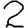
Digit: 2